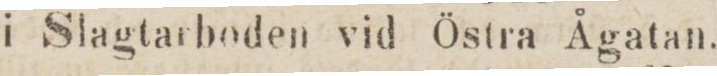
i Slagtarboden vid Östra Ågatan.